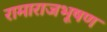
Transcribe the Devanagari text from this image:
रामाराजभूषण